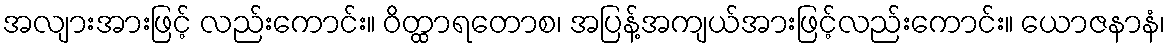
အလျားအားဖြင့် လည်းကောင်း။ ဝိတ္ထာရတောစ၊ အပြန့်အကျယ်အားဖြင့်လည်းကောင်း။ ယောဇနာနံ၊